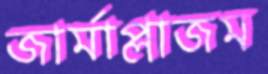
জার্মাপ্লাজম